Indian Civil Veterinary Department memoirs
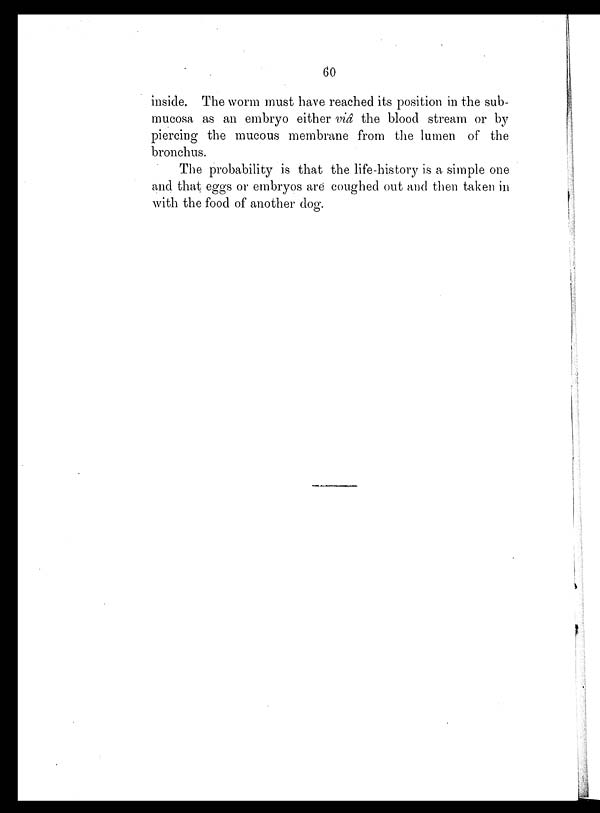
60
inside. The worm must have reached its position in the sub-
mucosa as an embryo either viâ the blood stream or by
piercing the mucous membrane from the lumen of the
bronchus.
The probability is that the life-history is a simple one
and that eggs or embryos are coughed out and then taken in
with the food of another dog.